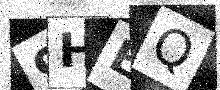
Text: 9HEQ